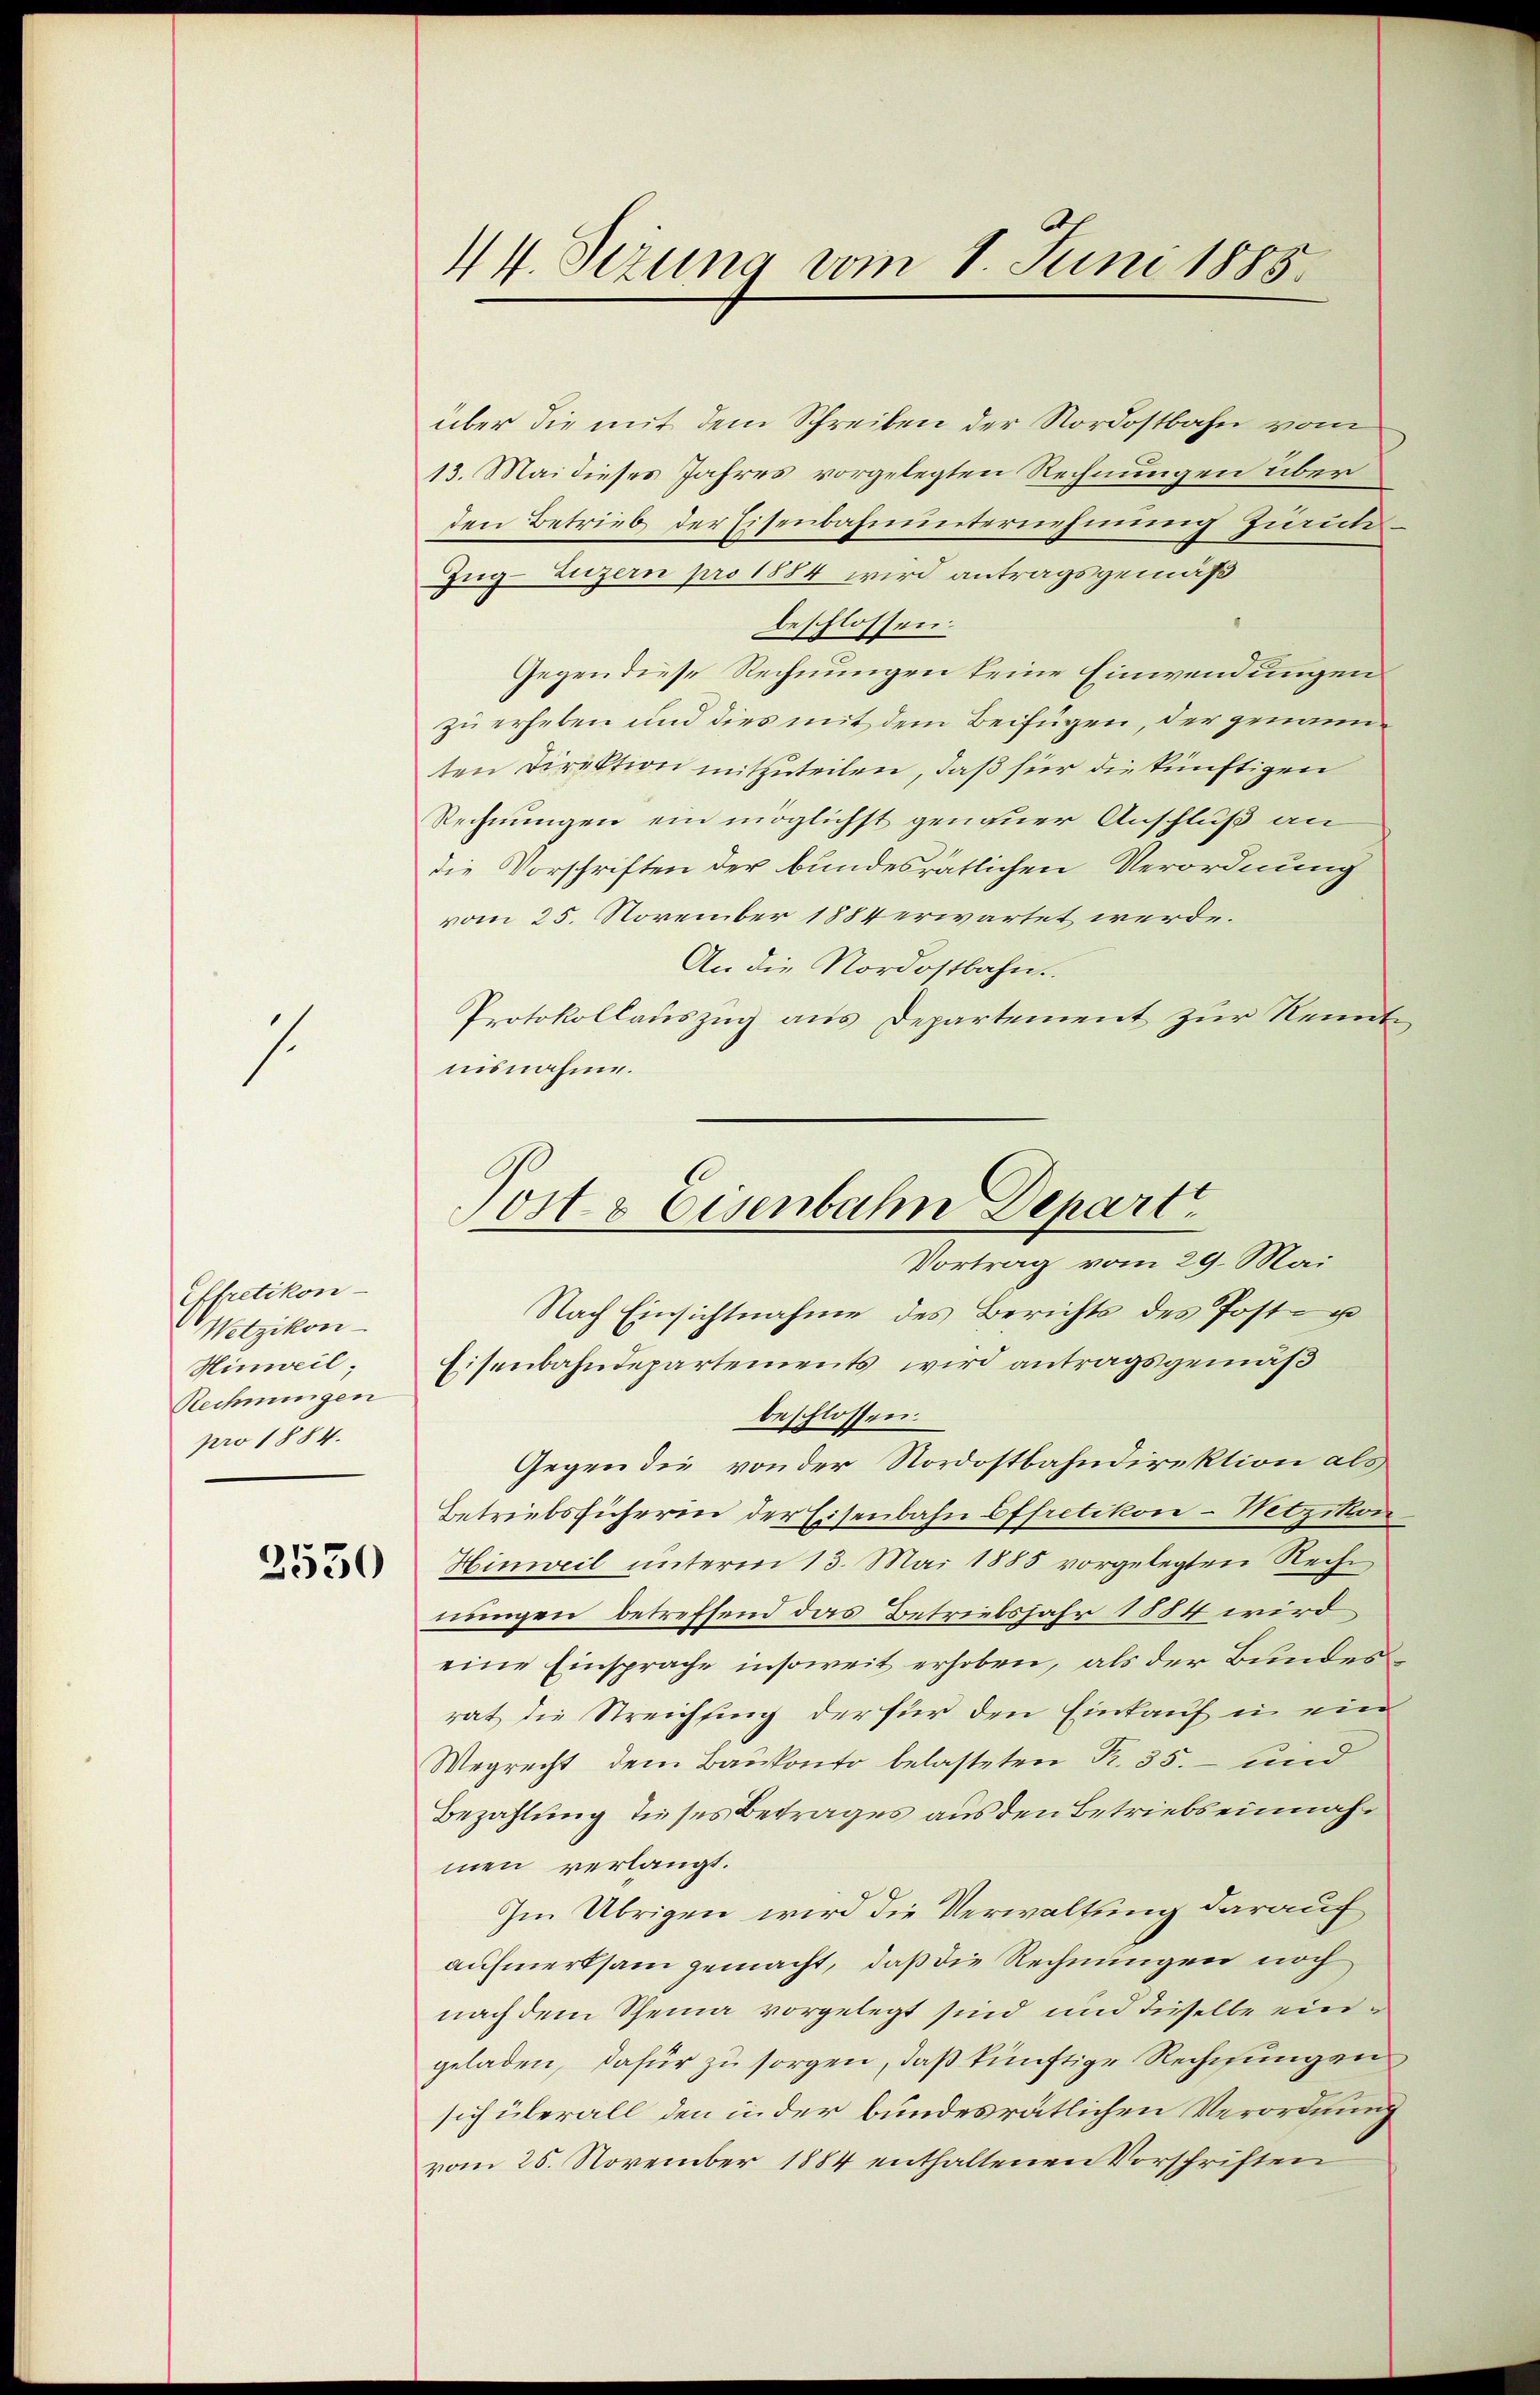
1.

Effretikon-
Wetzikon-
Hinweil
Rechnungen
pro 1884.

2530

44. Sezung vom 1. Juni 1885.

über die mit dem Schreiben der Nordostbahn vom
13. Mai dieses Jahres vorgelegten Rechnungen über
den Betrieb der Eisenbahnunternehmung Zürich.
Zug–Luzern pro 1884 wird antragsgemäß
beschlossen:
Gegen diese Rechnungen keine Einwendungen
zu erheben und dies mit dem Beifügen, der genannten Direktion mitzuteilen, daß für die künftigen
Rechnungen ein möglichst genauer Anschluß an
die Vorschriften der bundesrätlichen Verordnung
vom 25. November 1884 erwartet werde.
An die Nordostbahn
Protokollauszug aus Departement zur Kenntnisnahme.
Nach Einsichtnahme des Berichts des Post- u
Eisenbahndepartements wird antragsgemäß
beschlossen.
Gegen die von der Nordostbahndirektion als
Betriebsfüherin der Eisenbahn Effretikon-Wetzikon
Hinweil unterm 13. Mai 1885 vorgelegten Rech
nungen betreffend das Betriebsjahr 1884 wird
eine Einsprache insoweit erhoben, als der Bundesrat die Streichfing der für den Einkauf in ein
Wegrecht dem Baukonto belasteten Pr. 35. und
Bezahlung dieses Betrages aus den Betriebs einnahmen verlangt.
Im Übrigen wird die Verwaltung darauf
aufmerksam gemacht, daß die Rechnungen noch
nach dem Scheina vorgelegt sind und dieselbe eingeladen, dafür zu sorgen, daß künftige Rechnungen
sich überall den in der bundesrätlichen Verordnung
vom 25. November 1884 enthaltenen Vorschriften

Post & Eisenbahn Depart
Vortrag vom 29. Mai